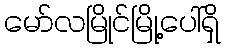
မော်လမြိုင်မြို့ပေါ်ရှိ